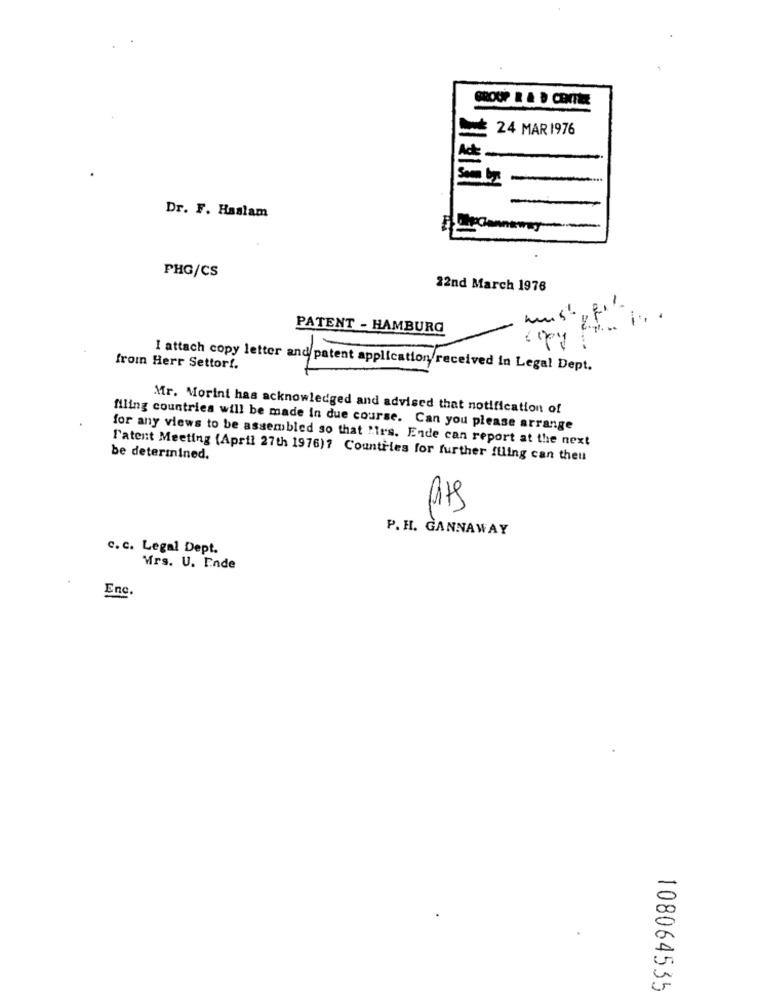
24 MAR 1976
Som
Dr. F. Haslam
PHG/CS
22nd March 1976
V.
1.
PATENT - HAMBURG
from Herr Settorf.
I attach copy letter and patent application received in Legal Dept.
Mr. Morini has acknowledged and advised that notification of
filing countries will be made in due course. Can you please arrange
for any views to be assembled so that "irs. Ende can report at the next
be determined.
l'atent Meeting (April 27th 1976)? Countries for further ftling can theu
P. H. GANNAWAY
c. c. Legal Dept.
Mrs. U. Ende
Enc.
108064535